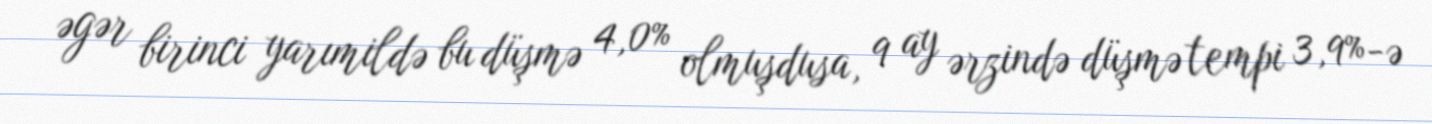
əgər birinci yarımildə bu düşmə 4,0% olmuşdusa, 9 ay ərzində düşmə tempi 3,9%-ə